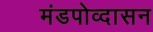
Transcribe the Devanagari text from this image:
मंडपोव्दासन